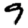
Digit: 9